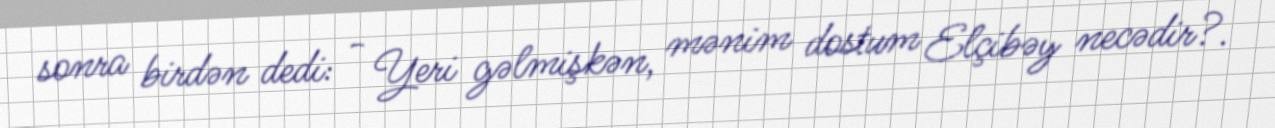
sonra birdən dedi: - Yeri gəlmişkən, mənim dostum Elçibəy necədir?.